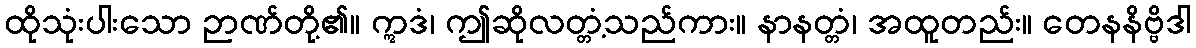
ထိုသုံးပါးသော ဉာဏ်တို့၏။ ဣဒံ၊ ဤဆိုလတ္တံ့သည်ကား။ နာနတ္တံ၊ အထူတည်း။ တေနနိဗ္ဗိဒါ